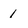
Character: 1